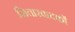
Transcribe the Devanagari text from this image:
सितारवादकों